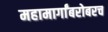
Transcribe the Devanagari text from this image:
महामार्गांबरोबरच